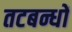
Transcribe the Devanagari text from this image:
तटबन्धों